Annual report of the Punjab Veterinary College and of the Civil Veterinary Department, Punjab - 1926-1932
Year: 1926
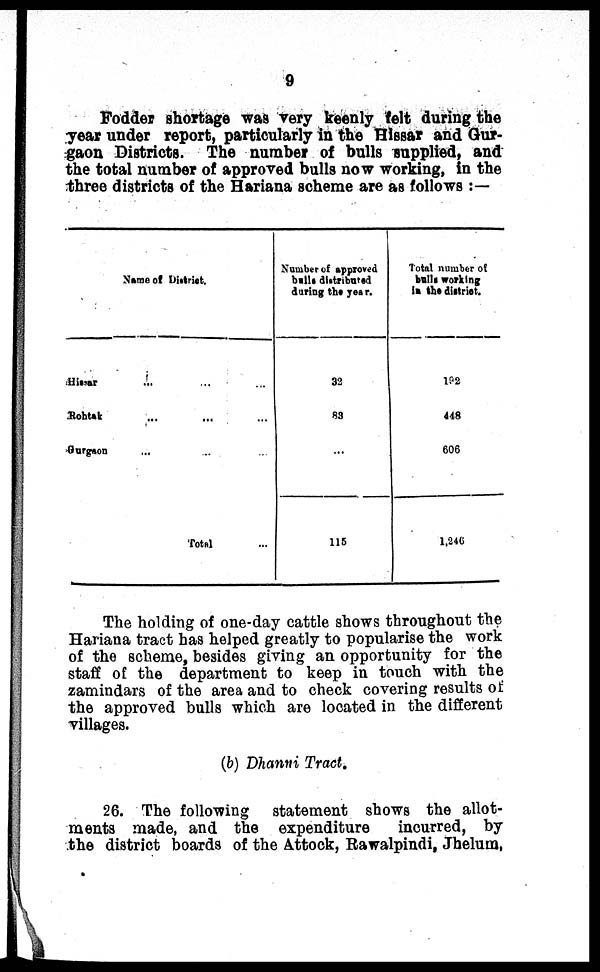
9
Fodder shortage was very keenly felt during the
year under report, particularly in the Hissar and Gur-
gaon Districts. The number of bulls supplied, and
the total number of approved bulls now working, in the
three districts of the Hariana scheme are as follows:—
Name of District.
Hissar
...
...
...
Rohtak ... ... ...
Gurgaon
... ... ...
Total ...
Number of approved
bulls distributed
during the year.
32
83
...
115
Total number of
bulls working
in the district.
102
448
606
1,246
The holding of one-day cattle shows throughout the
Hariana tract has helped greatly to popularise the work
of the scheme, besides giving an opportunity for the
staff of the department to keep in touch with the
zamindars of the area and to check covering results of
the approved bulls which are located in the different
villages.
(b) Dhanni Tract.
26. The following statement shows the allot-
ments made, and the expenditure
incurred, by
the district boards of the Attock, Rawalpindi, Jhelum,